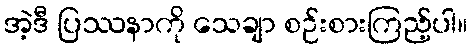
အဲ့ဒီ ပြဿနာကို သေချာ စဉ်းစားကြည့်ပါ။